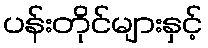
ပန်းတိုင်များနှင့်